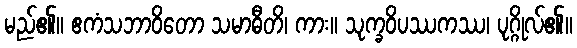
မည်၏။ ဧကံသဘာဝိတော သမာဓီတိ၊ ကား။ သုက္ခဝိပဿကဿ၊ ပုဂ္ဂိုလ်၏။